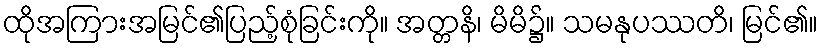
ထိုအကြားအမြင်၏ပြည့်စုံခြင်းကို။ အတ္တနိ၊ မိမိ၌။ သမနုပဿတိ၊ မြင်၏။